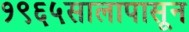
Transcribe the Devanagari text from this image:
१९६५सालापासून